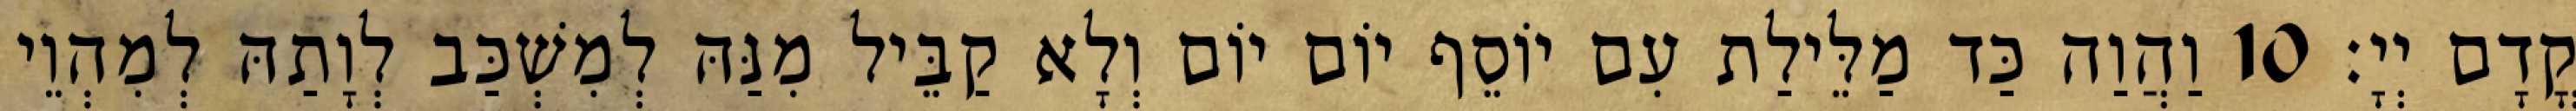
קֳדָם יְיָ׃ 10 וַהֲוַה כַּד מַלֵּילַת עִם יוֹסֵף יוֹם יוֹם וְלָא קַבֵּיל מִנַּהּ לְמִשְׁכַּב לְוָתַהּ לְמִהְוֵי